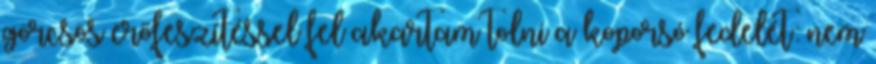
görcsös erőfeszítéssel fel akartam tolni a koporsó fedelét: nem